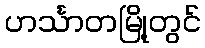
ဟင်္သာတမြို့တွင်